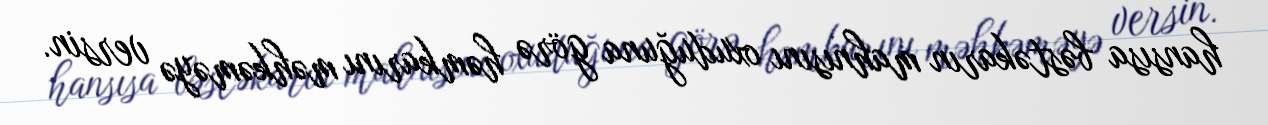
hansısa bəstəkarın mahnısını oxuduğuna görə həmkarını məhkəməyə versin.